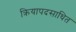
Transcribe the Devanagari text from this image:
क्रियापदसाधित